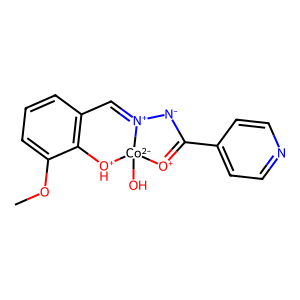
SMILES: COc1cccc2c1[OH+][Co-2]1(O)[O+]=C(c3ccncc3)[N-][N+]1=C2
Inhibits HIV replication: No